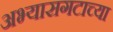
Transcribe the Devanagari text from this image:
अभ्यासगटाच्या